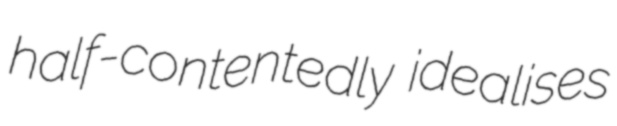
half-contentedly idealises